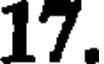
17.